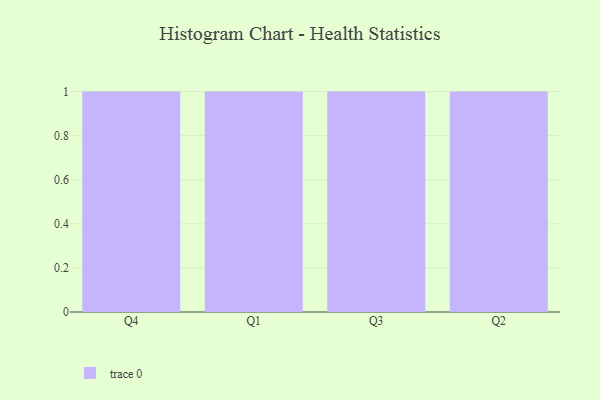
{"axis": {"x": "Quarter", "y": "Latency (ms)"}, "legend": [""], "data": [{"x": "Q4", "y": 52, "type": ""}, {"x": "Q1", "y": 76, "type": ""}, {"x": "Q3", "y": 100, "type": ""}, {"x": "Q2", "y": 29, "type": ""}]}